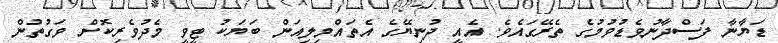
ޑަޔާނާ ފަސްދާނުވެޑުވުމުގެ ތެރޭގައެވެ. އެއީ ދުނިޔޭގެ އެތައްމިލިއަން ބަޔަކު ޓީވީ މެދުވެރިކޮށް ވަގުތުން